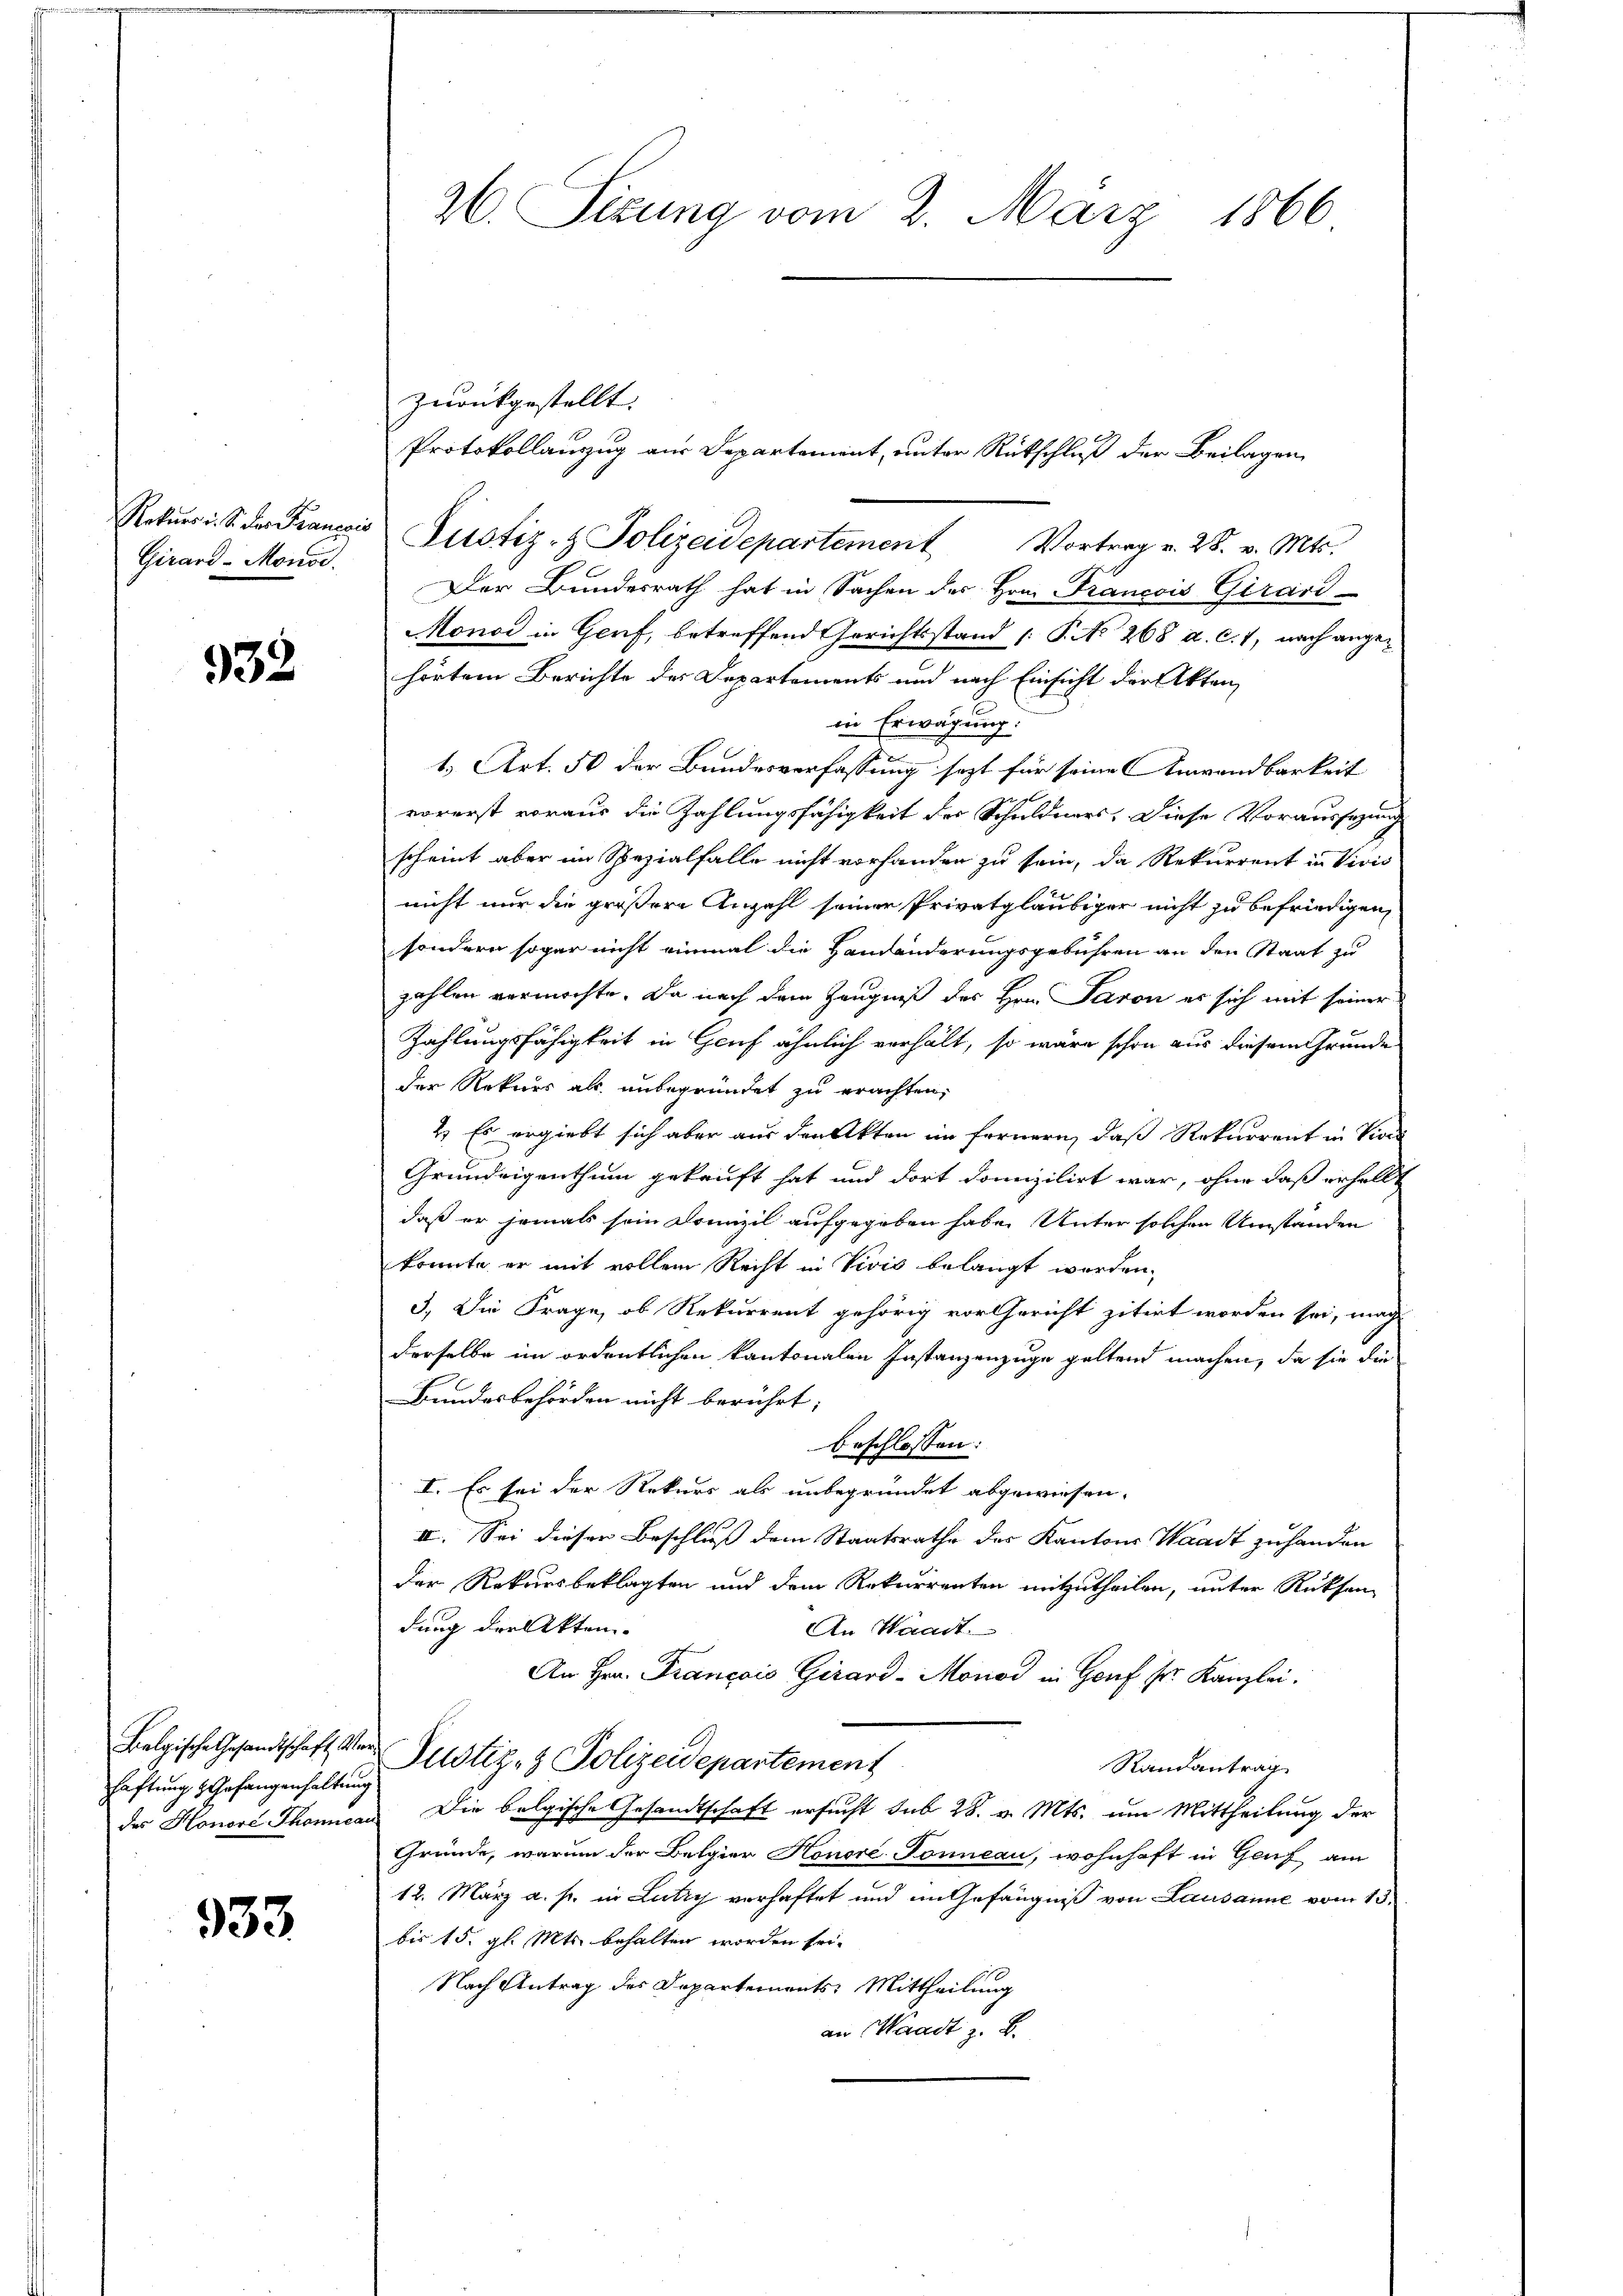
Girard-Monod.

932

haftung & Gefangenhaltung

933.

zurückgestellt. |
Protokollanzug aus Departement, unter Rutschluß der Beilagen
Rekŭrs. S. der Francois Justiz- & Polizeidepartement Vortrag v. 28. v. Mts.
Der Bundesrath hat in Sachen der Hom Francois Girard-
Monar in Genf, betreffend Gerichtsstand /: P. No 268 a. c. 71, nach angehörtem Berichte des Departements und nach Einsicht der Akten
in Erwägung:
1.) Art. 50 der Bundesverfassung sezt für seine Anwendbarkeit
vorerst voraus die Zahlungsfähigkeit der Schuldners. Diese Voraussezung
scheint aber im Spezialfalle nicht vorhanden zu sein, da Rekurrent in Vivis
nicht nur die größere Anzahl seiner Privatgläubiger nicht zu befriedigen,
sondern sogar nicht einmal die Handänderungsgebühren an den Staat zu
zahlen vermöchte. Da nach dem Zeugniß des Hrn. Paron er sich mit seiner
Zahlungsfähigkeit in Genf ähnlich verhält, so wäre schon aus diesem Grunde
der Rekurs als unbegründet zu erachten,
2. Es ergiebt sich aber aus den Akten im fernern, daß Rekurrent in Vion
Grundeigenthum gekauft hat und dort domizilirt war, ohne daß erhalbt
daß er jemals sein Domizil aufgegeben habe. Unter solchen Umständen
konnte er mit vollem Recht in Vivis belangt worden,
3.) Die Frage, ob Rekurrent gehörig vor Gericht zitirt worden sei, mag
derselbe im ordentlichen kantonalen Instanzenzuge geltend machen, da sie die
Bundesbehörden nicht berührt;
beschlossen:
I. Es sei der Rekurs als unbegründet abgewiesen.
III. Sei dieser Beschluss dem Staatsrathe des Kantons Waadt zu handen
der Rekursbeklagten und dem Rekurrenten mitzutheilen, unter Rücksen
dung der Akten.
An Waadt.
An Hrn. Français Girard-Monod in Genf sr. Kanzlei.
Belgische Gesandtschaft der Justiz- & Polizeidepartement
Randantrag
des Honori Thoncan Die belgische Gesandtschaft ersucht sub 28. v. Mts. um Mittheilung der
Gründe, warum der Belgier Honore Sonneau, wohnhaft in Genf am
12. März a. s. in Lutry verhaftet und im Gefängniß von Lausanne vom 13.
bis 15. gl. Mts. behalten worden sei.
Nach Antrag des Departements: Mittheilung
an Waadt z. B.

26. Sizung vom 2. März 1866